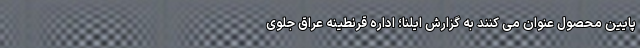
پایین محصول عنوان می کنند به گزارش ایلنا؛ اداره قرنطینه عراق جلوی